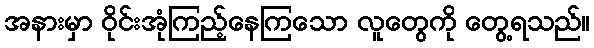
အနားမှာ ဝိုင်းအုံကြည့်နေကြသော လူတွေကို တွေ့ရသည်။